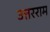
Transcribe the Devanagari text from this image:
उत्तरराम